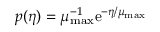
p ( \eta ) = \mu _ { \mathrm { m a x } } ^ { - 1 } \mathrm { e } ^ { - \eta / \mu _ { \mathrm { m a x } } }